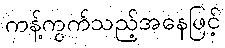
ကန့်ကွက်သည့်အနေဖြင့်